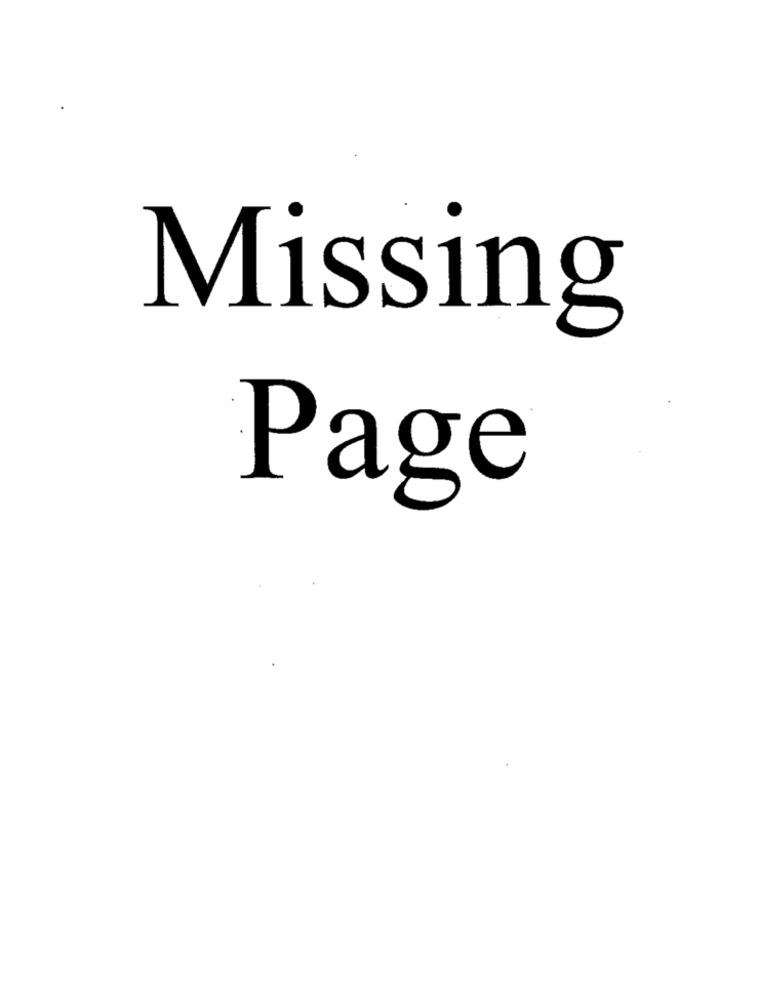
Missing
Page